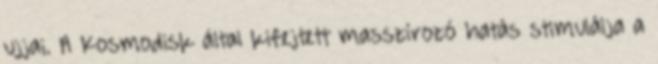
ujjai. A Kosmodisk által kifejtett masszírozó hatás stimulálja a